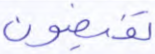
تفيضون